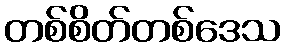
တစ်စိတ်တစ်ဒေသ